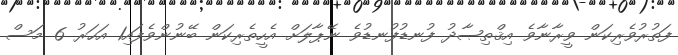
ފަތުރުވެރިކަން ވީރާނާވެ އިޤްތިޞާދު ފުނޑުފުނޑުވެ ނޭޕާލަށް އެހީތެރިކަން ބޭނުންވެފައި1 އަހަރު 6 މަސް